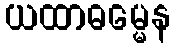
ယထာဓမ္မေန